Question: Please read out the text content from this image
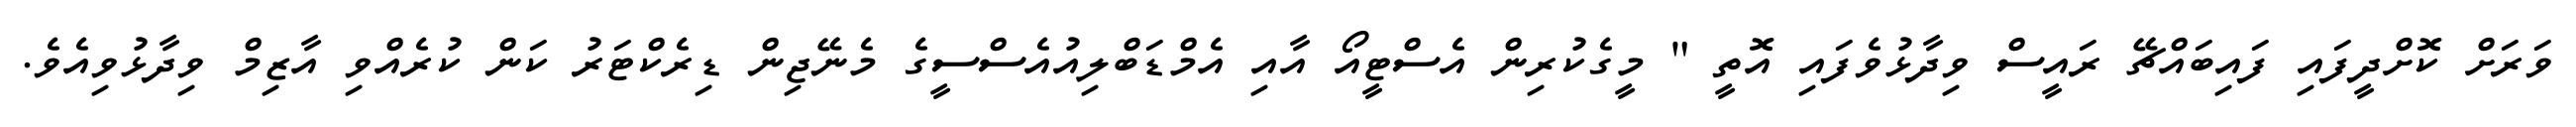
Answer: ވަރަށް ކޮށްދީފައި ފައިބައްޗޭ ރައީސް ވިދާޅުވެފައި އޮތީ " މީގެކުރިން އެސްޓީއޯ އާއި އެމްޑަބްލިއުއެސްސީގެ މެނޭޖިން ޑިރެކްޓަރު ކަން ކުރެއްވި އާޒިމް ވިދާޅުވިއެވެ.